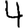
Digit: 4